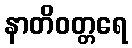
နာတိဝတ္တရေ